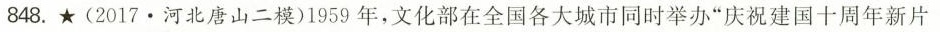
848.★(2017.河北唐山二模)1959年，文化部在全国各大城市同时举办”庆祝建国十周年新片